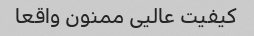
کیفیت عالیی ممنون واقعا